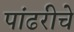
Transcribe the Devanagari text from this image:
पांढरीचे